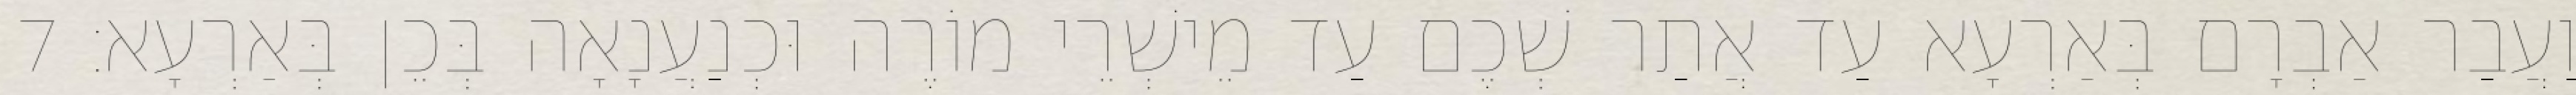
וַעֲבַר אַבְרָם בְּאַרְעָא עַד אֲתַר שְׁכֶם עַד מֵישְׁרֵי מוֹרֶה וּכְנַעֲנָאָה בְּכֵן בְּאַרְעָא׃ 7